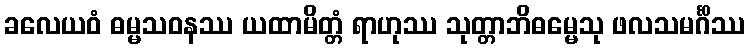
ခလေယဝံ ဓမ္မသဝနဿ ယထာမိတ္တံ ရာဟုဿ သုတ္တာဘိဓမ္မေသု ဖလသမင်္ဂိဿ